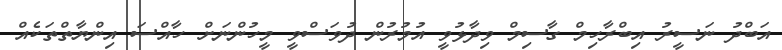
އަބްދު ނަސީރު އިބްރާހިމް ގާސިމް ވިދާޅުވީ އުމުރުން ދުވަސްވީ މީހުންނަށް ހާއްސަ އިންޔާތްތަކެއް